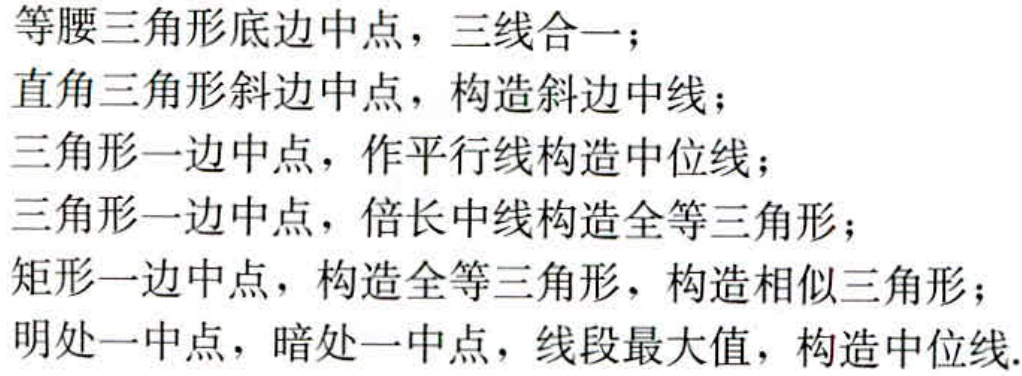
等腰三角形底边中点，三线合一；

直角三角形斜边中点，构造斜边中线；

三角形一边中点，作平行线构造中位线；

三角形一边中点，倍长中线构造全等三角形；

矩形一边中点，构造全等三角形，构造相似三角形；

明处一中点，暗处一中点，线段最大值，构造中位线.